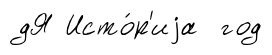
дЯ Исто́р'иjа год